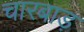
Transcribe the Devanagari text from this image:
चारबाड़